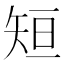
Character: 𮀂